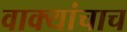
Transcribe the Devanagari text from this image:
वाक्यांचाच